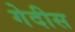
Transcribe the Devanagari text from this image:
गेदीस